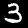
Label: 3